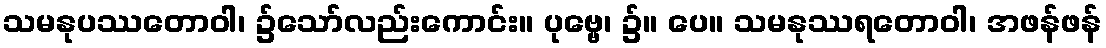
သမနုပဿတောဝါ၊ ၌သော်လည်းကောင်း။ ပုဗ္ဗေ၊ ၌။ ပေ။ သမနုဿရတောဝါ၊ အဖန်ဖန်